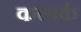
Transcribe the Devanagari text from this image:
कलार्क